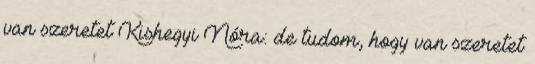
van szeretet Kishegyi Nóra: de tudom, hogy van szeretet